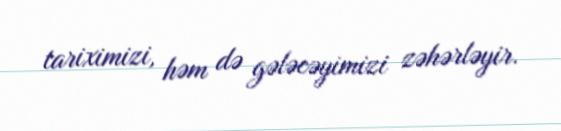
tariximizi, həm də gələcəyimizi zəhərləyir.